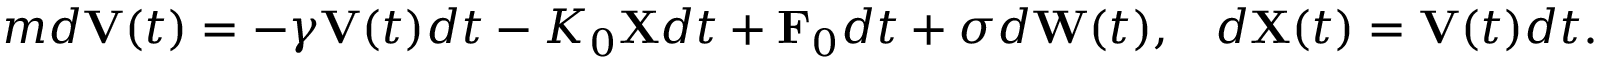
\begin{array} { r } { m d \mathbf { V } ( t ) = - \gamma \mathbf { V } ( t ) d t - K _ { 0 } \mathbf { X } d t + \mathbf { F } _ { 0 } d t + \sigma d \mathbf { W } ( t ) , \; \; \; d \mathbf { X } ( t ) = \mathbf { V } ( t ) d t . } \end{array}